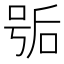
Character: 𰇱